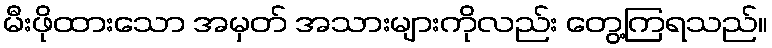
မီးဖိုထားသော အမှတ် အသားများကိုလည်း တွေ့ကြရသည်။